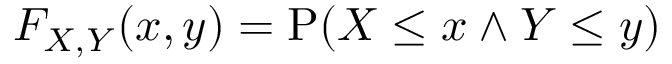
F _ { X , Y } ( x , y ) = \operatorname { P } ( X \leq x \land Y \leq y )